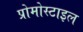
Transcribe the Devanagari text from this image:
प्रोमोस्टाइल